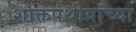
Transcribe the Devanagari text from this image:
शाक्तपंथीयांच्या